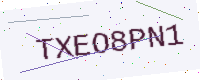
Text: TXEO8PN1